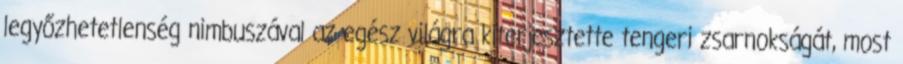
legyőzhetetlenség nimbuszával az egész világra kiterjesztette tengeri zsarnokságát, most